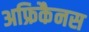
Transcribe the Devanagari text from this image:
अफ्रिकैनस